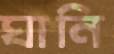
ঘানি